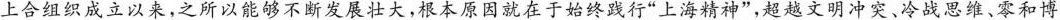
上合组织成立以来，\underline{之所以能够不断发展壮大，根本原因就在于始终践行”上海精神”，超越文明冲突、冷战思维、零和博}